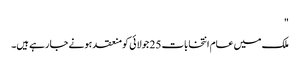
"
ملک میں عام انتخابات 25 جولائی کو منعقد ہونے جا رہے ہیں۔